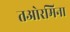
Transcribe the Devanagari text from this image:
तओरमिना